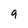
Character: 9